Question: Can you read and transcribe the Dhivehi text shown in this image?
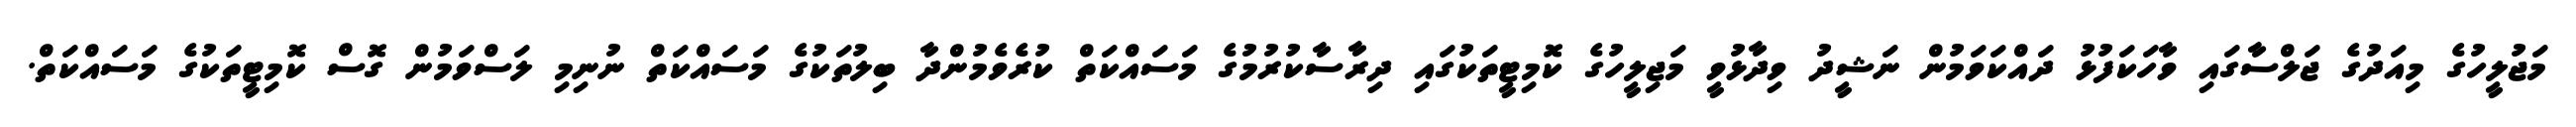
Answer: މަޖުލީހުގެ މިއަދުގެ ޖަލްސާގައި ވާހަކަފުޅު ދައްކަވަމުން ނަޝީދު ވިދާޅުވީ މަޖިލީހުގެ ކޮމިޓީތަކުގައި ދިރާސާކުރުމުގެ މަސައްކަތް ކުރެވެމުންދާ ބިލުތަކުގެ މަސައްކަތް ނުނިމި ލަސްވަމުން ގޮސް ކޮމިޓީތަކުގެ މަސައްކަތް.